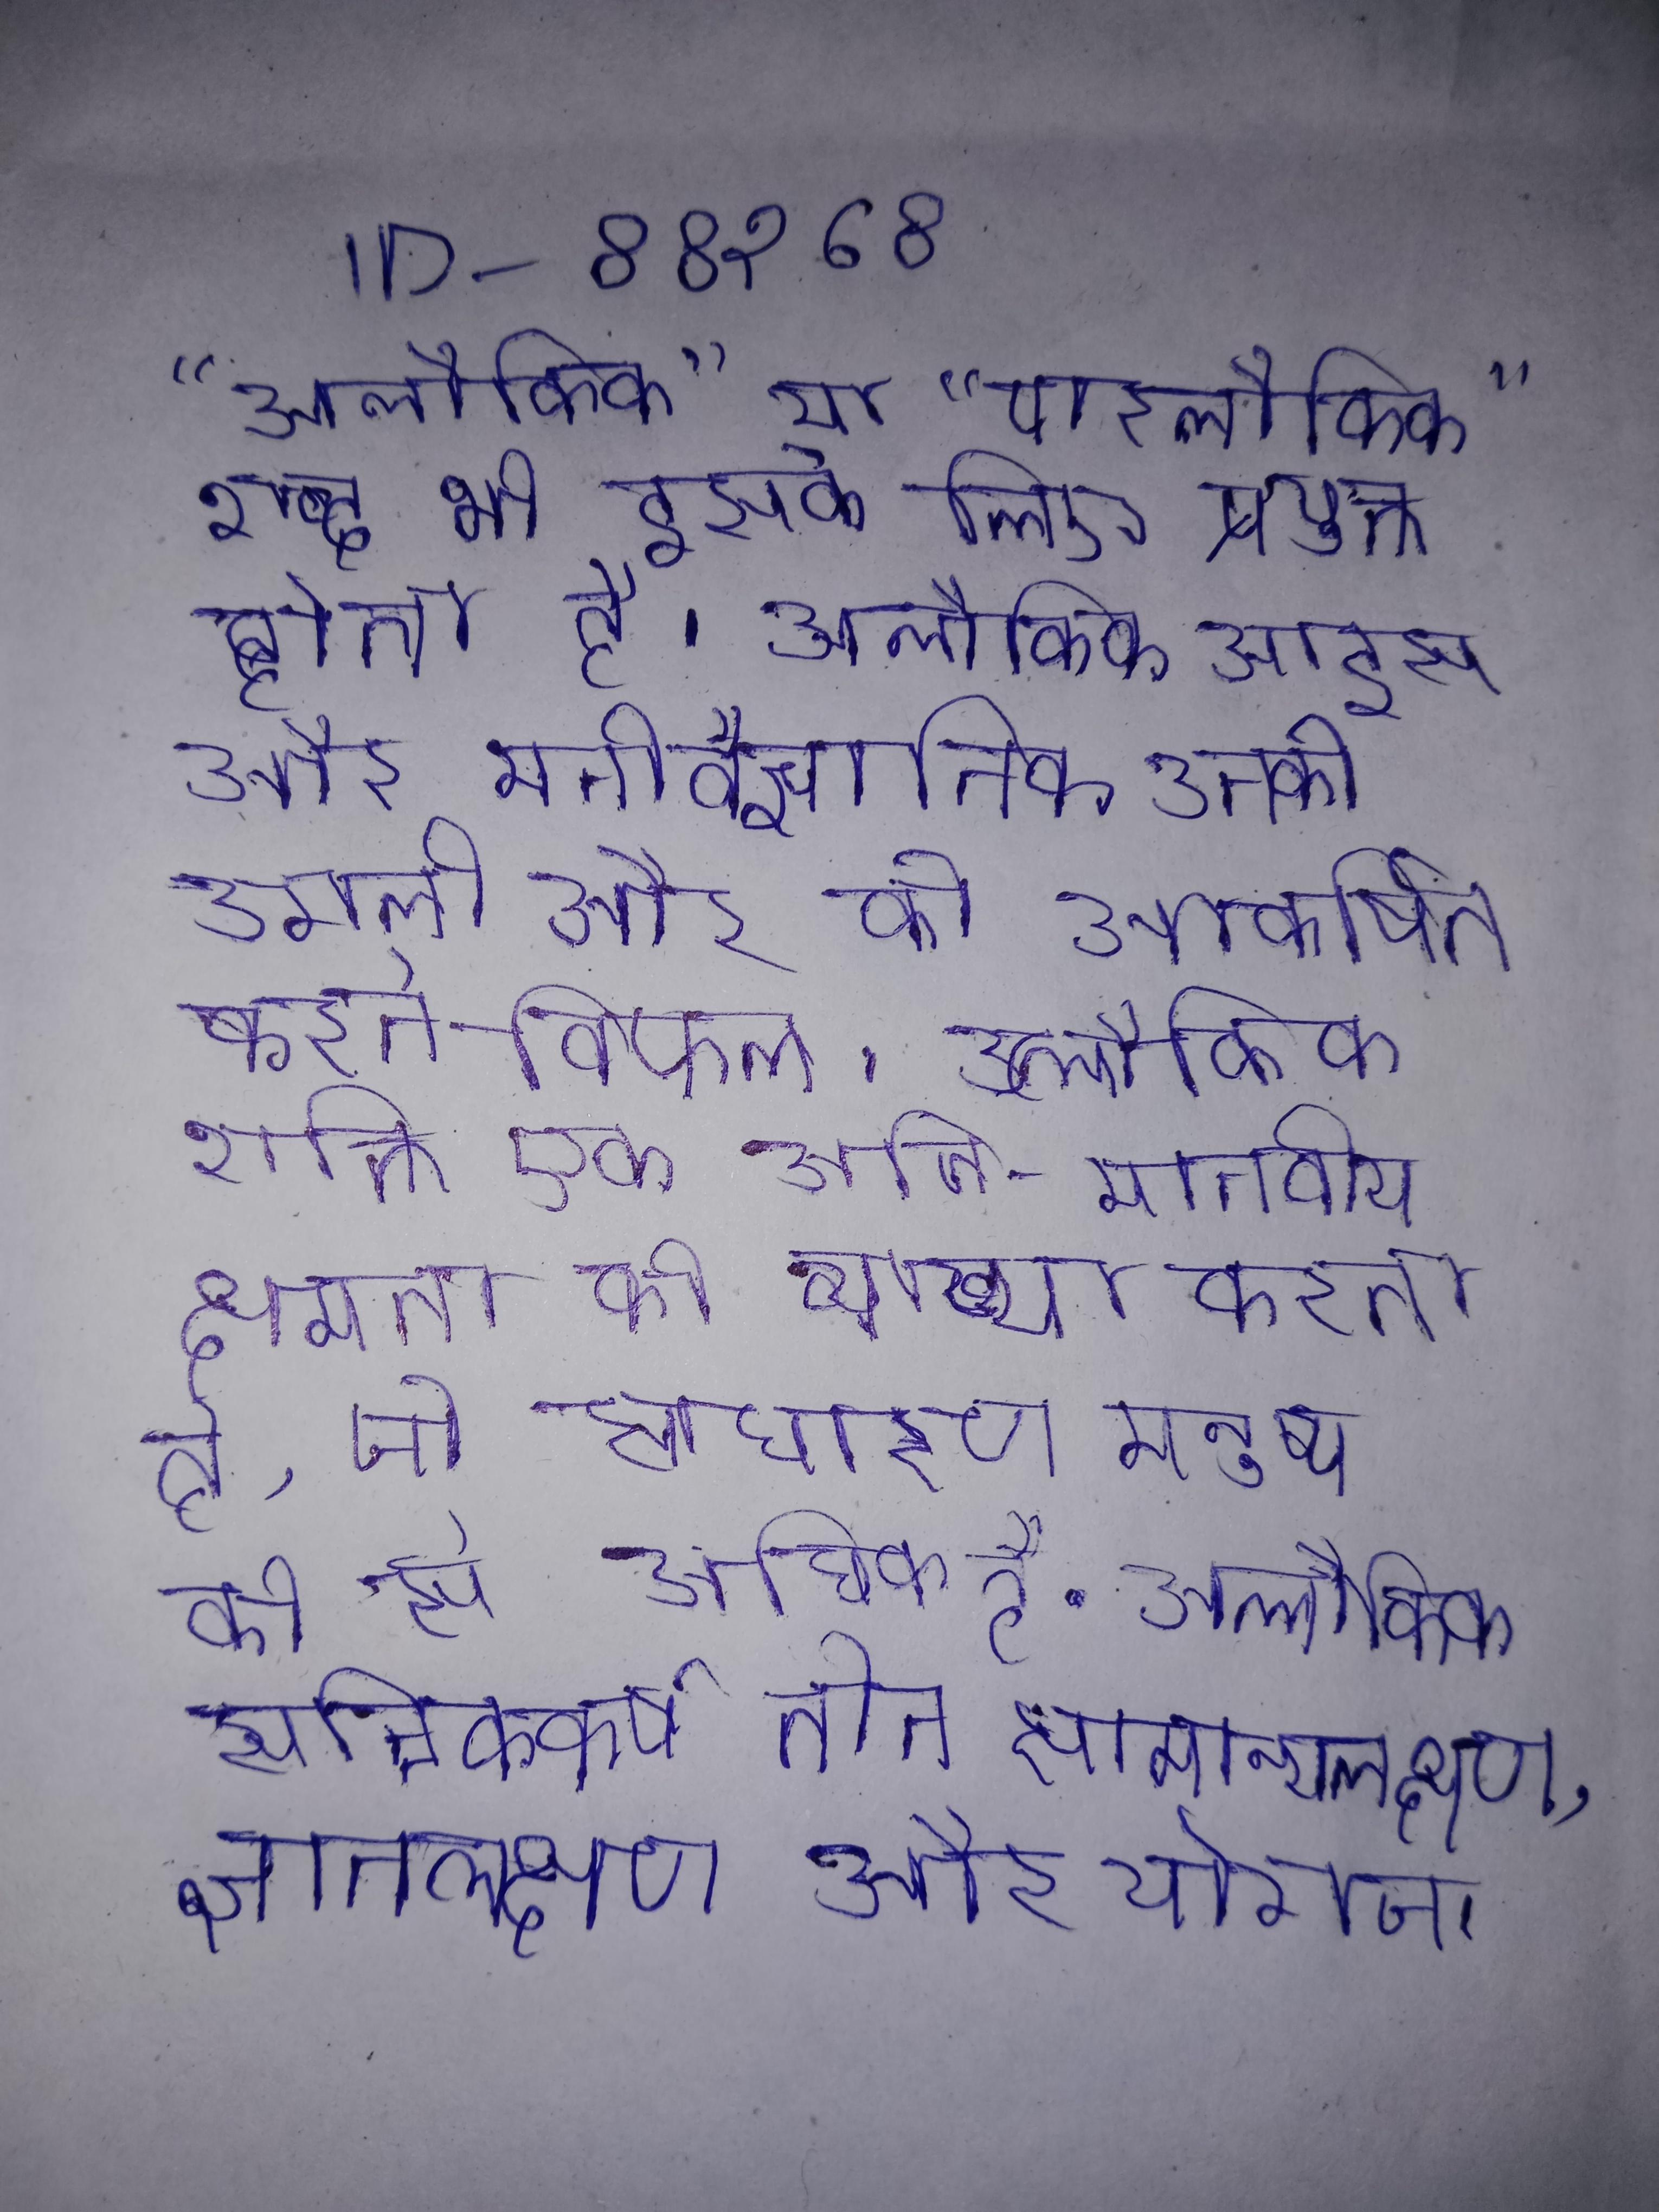
"अलौकिक" या "पारलौकिक" शब्द भी इसके लिए प्रयुक्त होता है । अलौकिक आइस और मनोवैज्ञानिक उनकी अगली और को आकर्षित करने विफल । अलौकिक शक्ति एक अति-मानवीय क्षमता की व्याख्या करता है, जो साधारण मनुष्य की से अधिक है . अलौकिक सन्निकर्ष तीन सामान्यलक्षण, ज्ञानलक्षण और योगज ।